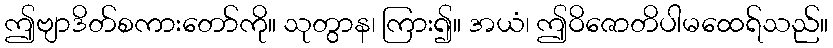
ဤဗျာဒိတ်စကားတော်ကို။ သုတွာန၊ ကြား၍။ အယံ၊ ဤဝိဇောတိပါမထေရ်သည်။